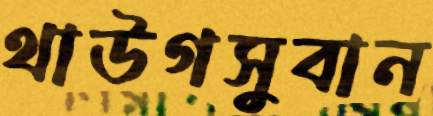
থাউগসুবান